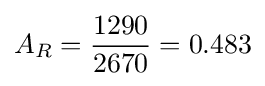
A_{R}={\frac {1290}{2670}}=0.483